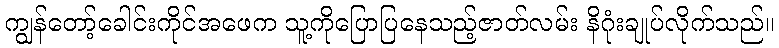
ကျွန်တော့်ခေါင်းကိုင်အဖေက သူ့ကိုပြောပြနေသည့်ဇာတ်လမ်း နိဂုံးချုပ်လိုက်သည်။